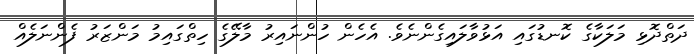
ދަތްދޮޅި މަލަކާގެ ކޮނޑުގައި އަޅުވާލައިގެންނެވެ. އެހެން ހުންނައިރު މާލޭގެ ހިތްގައިމު މަންޒަރު ފެންނަލެއް